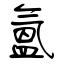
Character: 氳